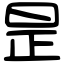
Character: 昰